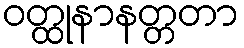
ဝတ္ထုနာနတ္တတာ